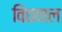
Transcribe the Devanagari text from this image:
विछवाल